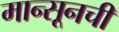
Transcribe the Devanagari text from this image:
मान्सूनची